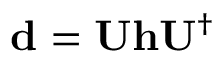
\mathbf { d } = \mathbf { U } \mathbf { h } \mathbf { U } ^ { \dagger }